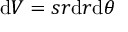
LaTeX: \mathrm { d } V = s r \mathrm { d } r \mathrm { d } \theta